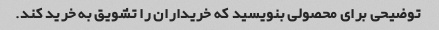
توضیحی برای محصولی بنویسید که خریداران را تشویق به خرید کند.